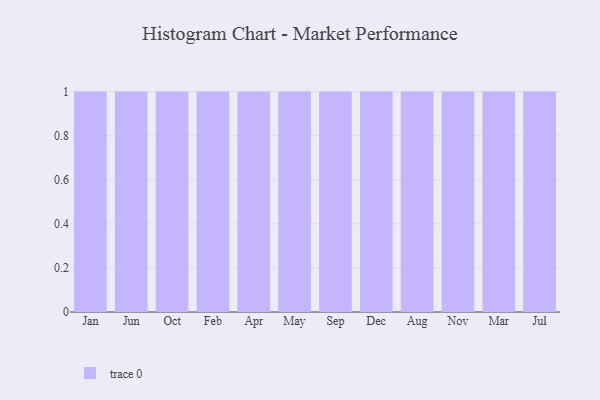
{"axis": {"x": "Month", "y": "Gross Profit (USD K)"}, "legend": [""], "data": [{"x": "Jan", "y": 97, "type": ""}, {"x": "Jun", "y": 19, "type": ""}, {"x": "Oct", "y": 52, "type": ""}, {"x": "Feb", "y": 12, "type": ""}, {"x": "Apr", "y": 86, "type": ""}, {"x": "May", "y": 88, "type": ""}, {"x": "Sep", "y": 41, "type": ""}, {"x": "Dec", "y": 59, "type": ""}, {"x": "Aug", "y": 28, "type": ""}, {"x": "Nov", "y": 53, "type": ""}, {"x": "Mar", "y": 83, "type": ""}, {"x": "Jul", "y": 5, "type": ""}]}